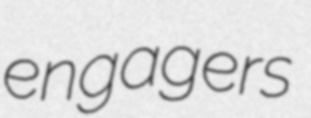
engagers